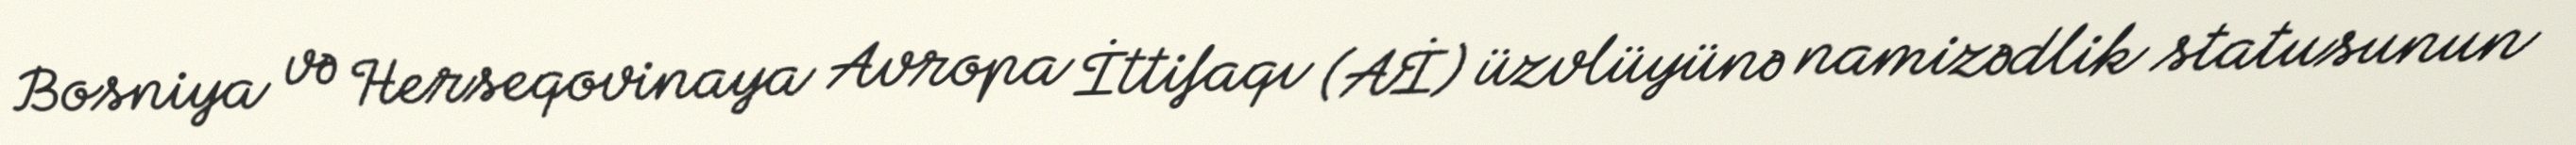
Bosniya və Herseqovinaya Avropa İttifaqı (Aİ) üzvlüyünə namizədlik statusunun